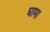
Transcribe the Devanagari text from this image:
घामा